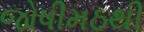
જોષીમઠથી